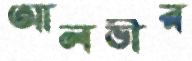
আলভীর